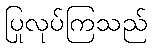
ပြုလုပ်ကြသည်